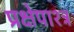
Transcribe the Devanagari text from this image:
प्रक्षेपाश्त्र